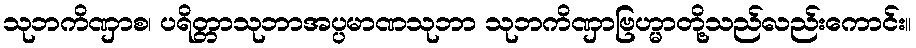
သုဘကိဏှာစ၊ ပရိတ္တာသုဘာအပ္ပမာဏသုဘာ သုဘကိဏှာဗြဟ္မာတို့သည်လည်းကောင်း။